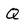
Character: Q